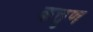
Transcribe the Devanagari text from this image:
कत्तृण